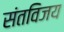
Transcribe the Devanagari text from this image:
संतविजय